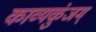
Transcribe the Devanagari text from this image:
काव्यकुंजम्